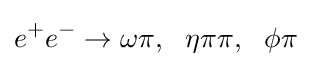
e^{+}e^{-}\to \omega \pi ,~~\eta \pi \pi ,~~\phi \pi